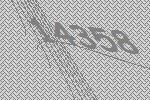
14358